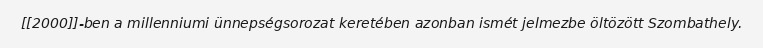
[[2000]]-ben a millenniumi ünnepségsorozat keretében azonban ismét jelmezbe öltözött Szombathely.